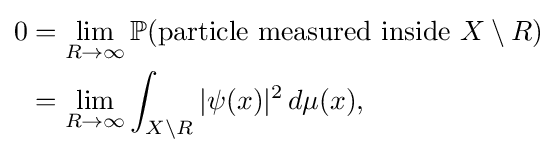
{\begin{aligned}0&=\lim _{R\to \infty }{\mathbb {P} ({\text{particle measured inside }}X\setminus R)}\\&=\lim _{R\to \infty }{\int _{X\setminus R}|\psi (x)|^{2}\,d\mu (x)},\end{aligned}}